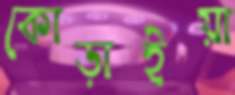
কোড়াইয়া